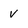
Character: V